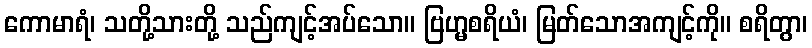
ကောမာရံ၊ သတို့သားတို့ သည်ကျင့်အပ်သော။ ဗြဟ္မစရိယံ၊ မြတ်သောအကျင့်ကို။ စရိတွာ၊